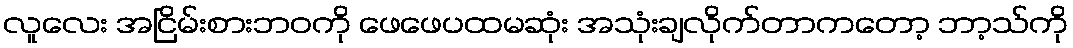
လူလေး အငြိမ်းစားဘဝကို ဖေဖေပထမဆုံး အသုံးချလိုက်တာကတော့ ဘာ့သ်ကို